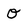
Character: O